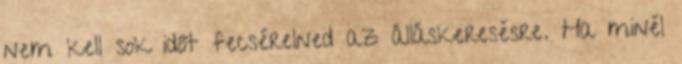
nem kell sok időt fecsérelned az álláskeresésre. Ha minél